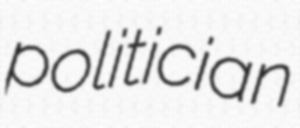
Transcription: politician